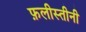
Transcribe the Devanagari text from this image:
फ़लीस्तीनी